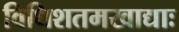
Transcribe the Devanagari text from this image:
विधिशतमखाद्याः